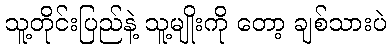
သူ့တိုင်းပြည်နဲ့ သူ့မျိုးကို တော့ ချစ်သားပဲ